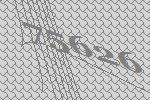
75626